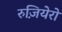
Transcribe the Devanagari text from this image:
रुज़ियेरो